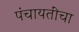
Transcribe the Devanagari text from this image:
पंचायतींचा